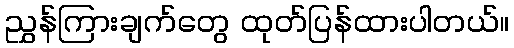
ညွှန်ကြားချက်တွေ ထုတ်ပြန်ထားပါတယ်။